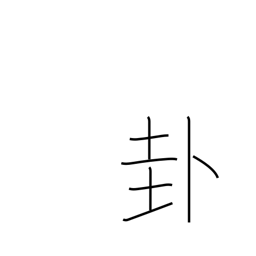
Meaning: a divination sign